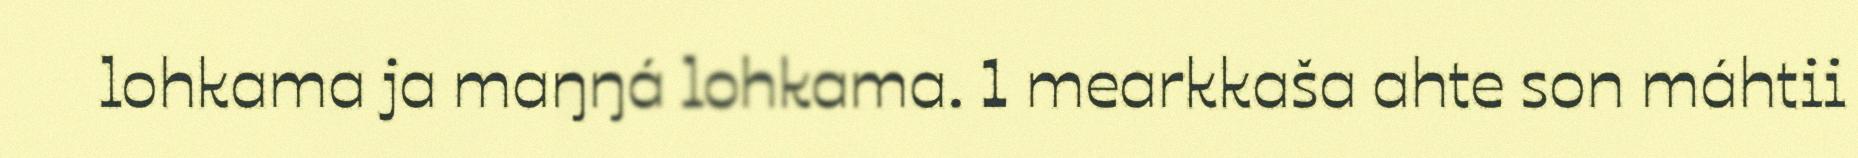
lohkama ja maŋŋá lohkama. 1 mearkkaša ahte son máhtii